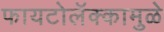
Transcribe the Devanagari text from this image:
फायटोलॅक्कामुळे